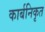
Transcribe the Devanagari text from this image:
कार्बनिकृत